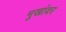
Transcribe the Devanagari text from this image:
मुखांवर